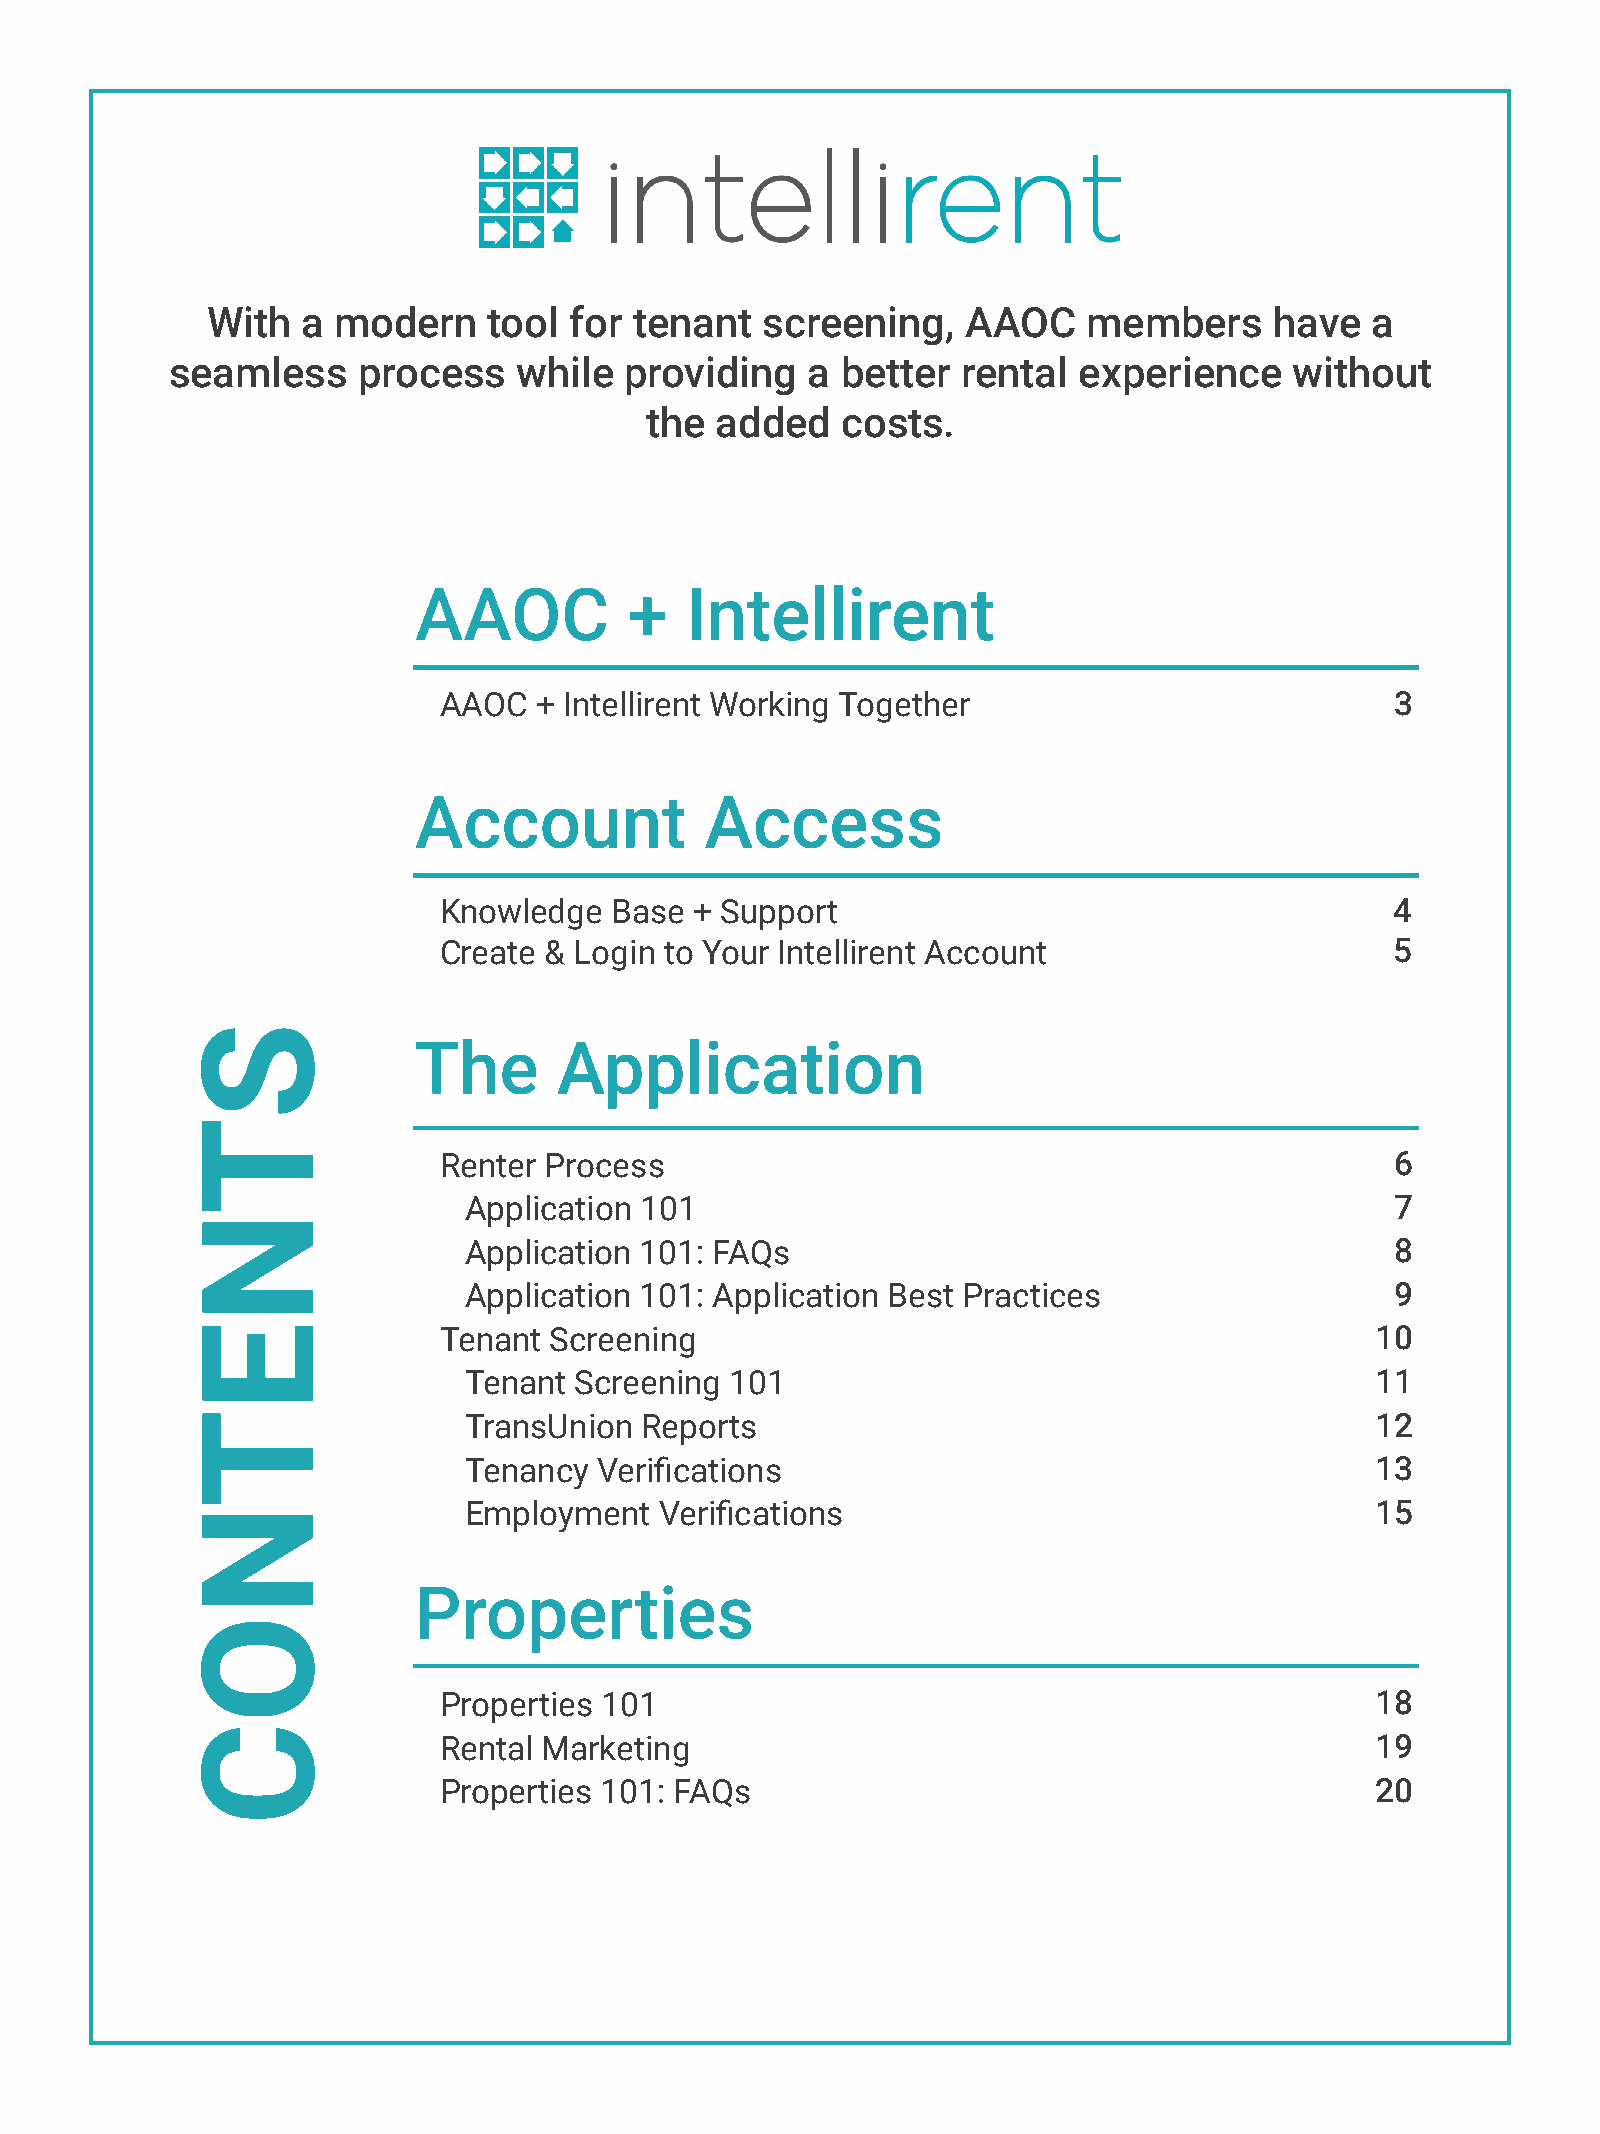
With  a modern    tool  for tenant  screening,    AAOC    members     have   a
 seamless     process   while  providing   a  better  rental experience     without
 the added    costs.
 AAOC           +  Intellirent
 AAOC  + Intellirent Working Together                           3
 Account             Access
 Knowledge   Base + Support                                     4
 Create & Login to Your Intellirent Account                     5
 The       Application
 Renter Process                                                 6
 Application 101                                              7
 Application 101: FAQs                                        8
 Application 101: Application Best Practices                  9
 Tenant Screening                                              10
 Tenant Screening 101                                        11
 TransUnion Reports                                          12
 Tenancy  Verifications                                      13
 Employment   Verifications                                  15
 Properties
 Properties 101                                                18
 Rental Marketing                                              19
 Properties 101: FAQs                                          20
 STNETNOC